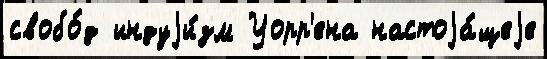
свобо́д индуjи́зм Уорр'ена настоjа́щеjе